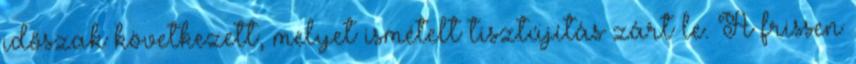
időszak következett, melyet ismételt tisztújítás zárt le. A frissen